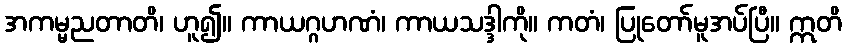
အကမ္မညတာတိ၊ ဟူ၍။ ကာယဂ္ဂဟဏံ၊ ကာယသဒ္ဒါကို။ ကတံ၊ ပြုတော်မူအပ်ပြီ။ ဣတိ